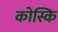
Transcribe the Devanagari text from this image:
कोस्कि